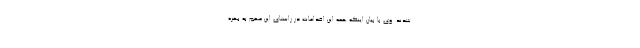
شدند. وی با بیان اینکه همه این اقدامات در راستای این مهم به بهره